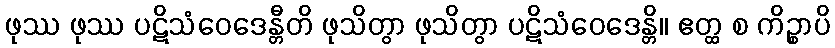
ဖုဿ ဖုဿ ပဋိသံဝေဒေန္တီတိ ဖုသိတွာ ဖုသိတွာ ပဋိသံဝေဒေန္တိ။ ဧတ္ထ စ ကိဉ္စာပိ